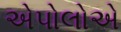
એપોલોએ